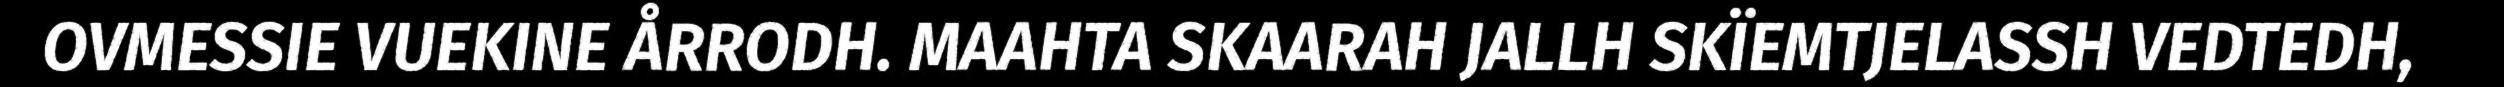
OVMESSIE VUEKINE ÅRRODH. MAAHTA SKAARAH JALLH SKÏEMTJELASSH VEDTEDH,